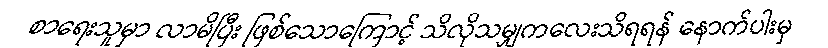
စာရေးသူမှာ လာမိပြီး ဖြစ်သောကြောင့် သိလိုသမျှကလေးသိရရန် နောက်ပါးမှ